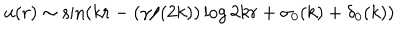
u ( r ) \sim \sin ( k r - ( \gamma / ( 2 k ) ) \log 2 k r + \sigma _ { 0 } ( k ) + \delta _ { 0 } ( k ) )